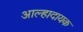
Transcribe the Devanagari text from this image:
आल्हादायक